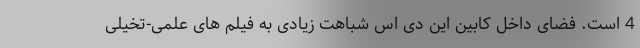
4 است. فضای داخل کابین این دی اس شباهت زیادی به فیلم های علمی-تخیلی